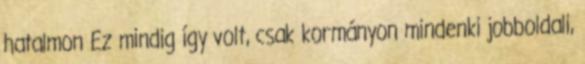
hatalmon Ez mindig így volt, csak kormányon mindenki jobboldali,